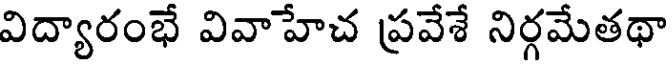
విద్యారంభే వివాహేచ ప్రవేశే నిర్గమేతథా